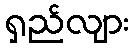
ရှည်လျား